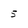
Character: 5